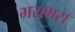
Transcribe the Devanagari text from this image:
भराभरा